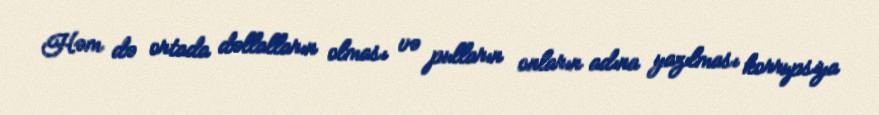
Həm də ortada dəllalların olması və pulların onların adına yazılması korrupsiya